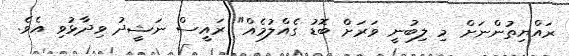
ރައްޔިތުންނަށް މި ލިބުނީ ވަރަށް ބޮޑު ގެއްލުމެއް" ރައީސް ނަޝީދު ވިދާޅުވި އެވެ.